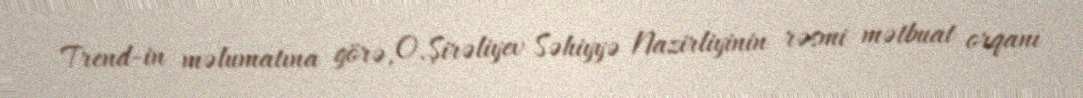
Trend-in məlumatına görə, O.Şirəliyev Səhiyyə Nazirliyinin rəsmi mətbuat orqanı